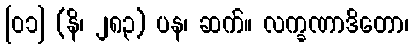
[၀၁] (နိ၊ ၂၈၃) ပန၊ ဆက်။ လက္ခဏာဒိတော၊